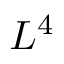
L ^ { 4 }